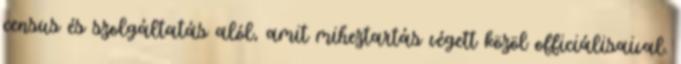
census és szolgáltatás alól, amit miheztartás végett közöl officiálisaival.